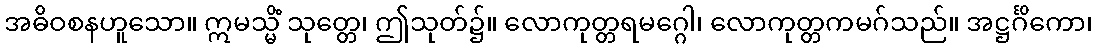
အဓိဝစနဟူသော။ ဣမသ္မိံ သုတ္တေ၊ ဤသုတ်၌။ လောကုတ္တရမဂ္ဂေါ၊ လောကုတ္တကမဂ်သည်။ အဋ္ဌင်္ဂိကော၊